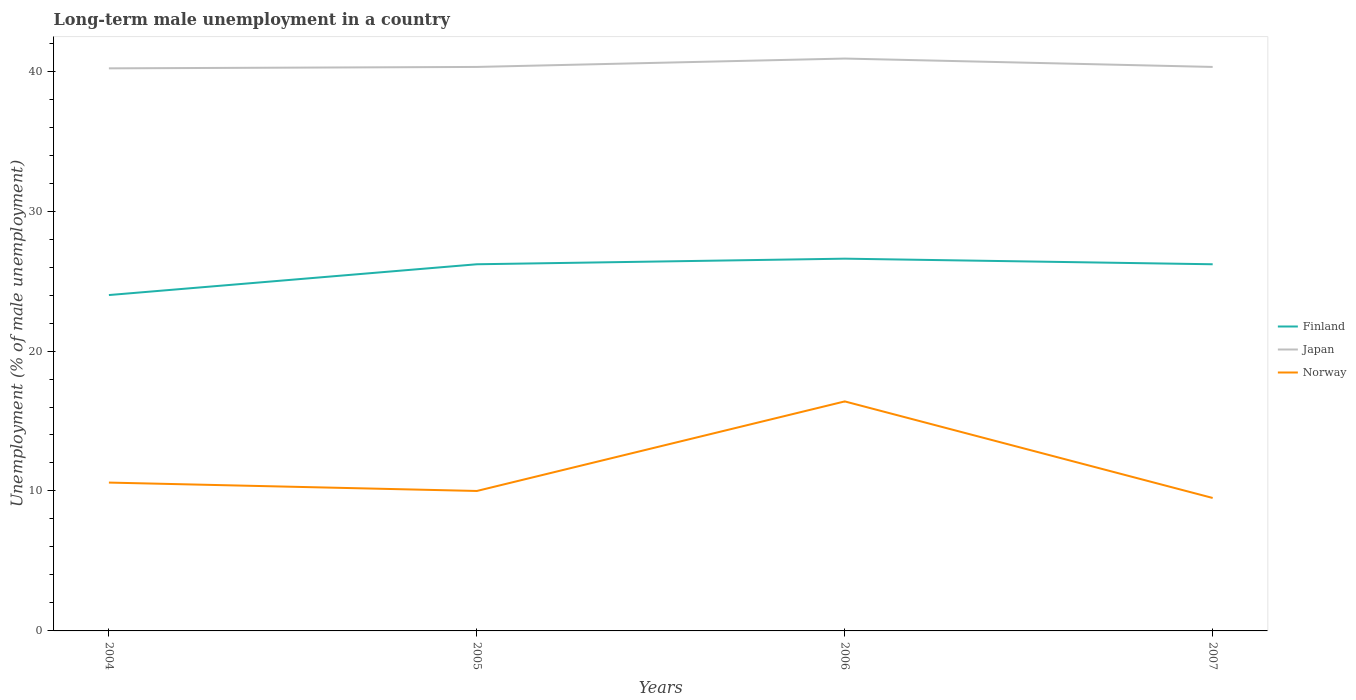
| Years | Finland | Japan | Norway |
 | --- | --- | --- | --- |
 | 2004 | 24 | 40.2 | 10.6 |
 | 2005 | 26.2 | 40.3 | 10 |
 | 2006 | 26.6 | 40.9 | 16.4 |
 | 2007 | 26.2 | 40.3 | 9.5 |